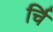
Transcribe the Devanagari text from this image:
र्चि